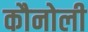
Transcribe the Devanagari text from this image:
कौनोली